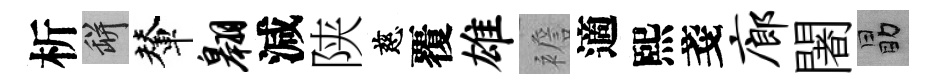
析瓶輦翱減陕慈覆雄襜適熙戔廊闍勗